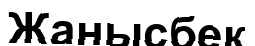
Жанысбек